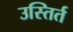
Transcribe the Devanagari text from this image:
उस्तिर्त